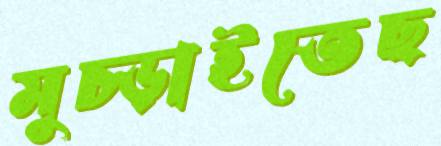
মুচ্‌ড়াইতেছ